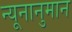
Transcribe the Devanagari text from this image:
न्यूनानुमान